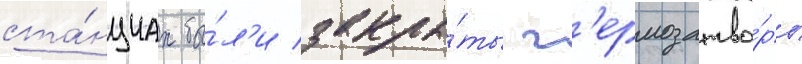
ста́нциах бы́л'и закры́ты г'ермозатво́ры